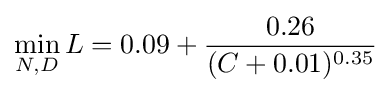
\min _{N,D}L=0.09+{\frac {0.26}{(C+0.01)^{0.35}}}